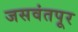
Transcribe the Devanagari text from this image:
जसवंतपूर